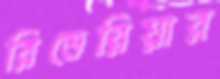
রিভেরিয়ার